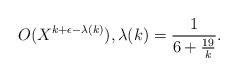
LaTeX: \begin{align*} O(X^{k + \epsilon - \lambda(k)}), \lambda(k) = \frac{1}{6 + \frac{19}{k}}.\end{align*}